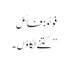
فوٹو: فائل
’’کتنے لگاؤں۔